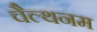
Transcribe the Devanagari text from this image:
चैल्थनम